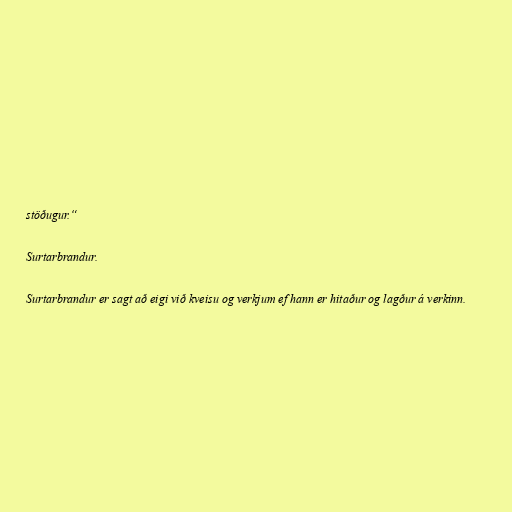
stöðugur.“

Surtarbrandur.

Surtarbrandur er sagt að eigi við kveisu og verkjum ef hann er hitaður og lagður á verkinn.